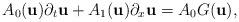
LaTeX: \begin{align*}A_{0}(\textbf{u}) \partial_{t} \textbf{u} + A_{1}(\textbf{u}) \partial_{x} \textbf{u} = A_{0}G(\textbf{u}),\end{align*}